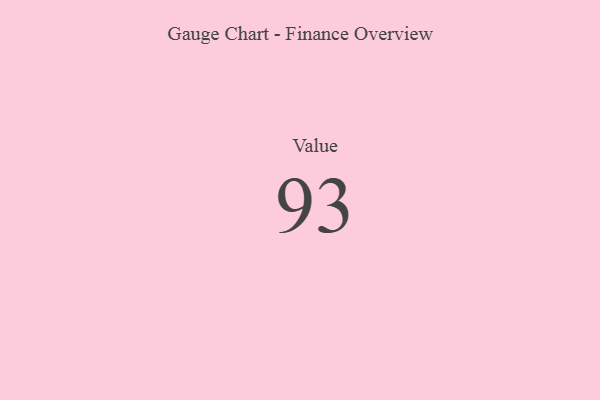
{"axis": {"x": "Metric", "y": "Value"}, "legend": [""], "data": [{"x": "Value", "y": 93, "type": ""}]}